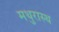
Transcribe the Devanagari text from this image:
मथुरास्थ